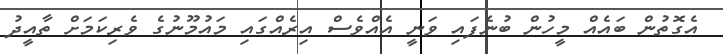
އެގޮތުން ބައެއް މީހުން ބުނެފައި ވަނީ އެއްވެސް އިރެއްގައި މައުމޫނުގެ ވެރިކަމަށް ތާއީދު